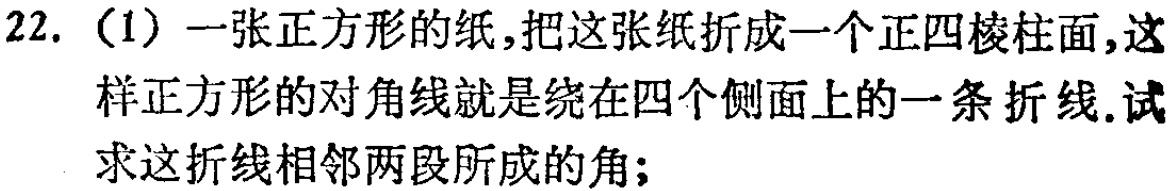
22. (1) 一张正方形的纸，把这张纸折成一个正四棱柱面，这样正方形的对角线就是绕在四个侧面上的一条折线. 试求这折线相邻两段所成的角；